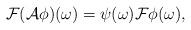
LaTeX: \begin{align*}{\cal F}({\cal A} \phi)(\omega)= \psi (\omega){\cal F}\phi(\omega), \end{align*}